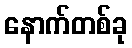
နောက်တစ်ခု